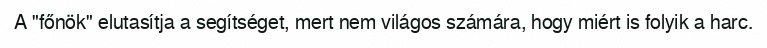
A "főnök" elutasítja a segítséget, mert nem világos számára, hogy miért is folyik a harc.